Lunatic asylums Central Provinces reports 1895-1909 - 1895-1909
Year: 1895
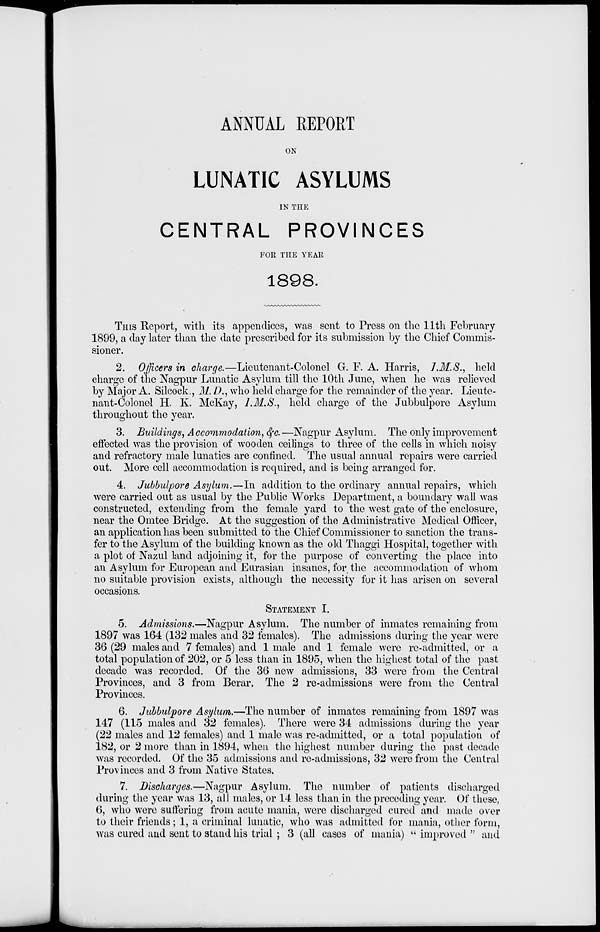
ANNUAL REPORT
ON
LUNATIC ASYLUMS
IN THE
CENTRAL PROVINCES
FOR THE YEAR
1898.
THIS Report, with its appendices, was sent to Press on the 11th February
1899, a day later than the date prescribed for its submission by the Chief Commis-
sioner.
2. Officers in charge.—Lieutenant-Colonel G. F. A. Harris, I.M.S., held
charge of the Nagpur Lunatic Asylum till the 10th June, when he was relieved
by Major A. Silcock., M. D., who held charge for the remainder of the year. Lieute-
nant-Colonel H. K. McKay, I.M.S., held charge of the Jubbulpore Asylum
throughout the year.
3. Buildings, Accommodation, &c. —Nagpur Asylum. The only improvement
effected was the provision of wooden ceilings to three of the cells in which noisy
and refractory male lunatics are confined. The usual annual repairs were carried
out. More cell accommodation is required, and is being arranged for.
4. Jubbulpore Asylum.—In addition to the ordinary annual repairs, which
were carried out as usual by the Public Works Department, a boundary wall was
constructed, extending from the female yard to the west gate of the enclosure,
near the Omtee Bridge. At the suggestion of the Administrative Medical Officer,
an application has been submitted to the Chief Commissioner to sanction the trans-
fer to the Asylum of the building known as the old Thaggi Hospital, together with
a plot of Nazul land adjoining it, for the purpose of converting the place into
an Asylum for European and Eurasian insanes, for the accommodation of whom
no suitable provision exists, although the necessity for it has arisen on several
occasions.
STATEMENT I.
5. Admissions.—Nagpur Asylum. The number of inmates remaining from
1897 was 164 (132 males and 32 females). The admissions during the year were
36 (29 males and 7 females) and 1 male and 1 female were re-admitted, or a
total population of 202, or 5 less than in 1895, when the highest total of the past
decade was recorded. Of the 36 new admissions, 33 were from the Central
Provinces, and 3 from Berar. The 2 re-admissions were from the Central
Provinces.
6. Jubbulpore Asylum.—The number of inmates remaining from 1897 was
147 (115 males and 32 females). There were 34 admissions during the year
(22 males and 12 females) and 1 male was re-admitted, or a total population of
182, or 2 more than in 1894, when the highest number during the past decade
was recorded. Of the 35 admissions and re-admissions, 32 were from the Central
Provinces and 3 from Native States.
7. Discharges.—Nagpur Asylum. The number of patients discharged
during the year was 13, all males, or 14 less than in the preceding year. Of these,
6, who were suffering from acute mania, were discharged cured and made over
to their friends ; 1, a criminal lunatic, who was admitted for mania, other form,
was cured and sent to stand his trial ; 3 (all cases of mania) " improved " and